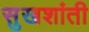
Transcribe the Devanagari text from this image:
सुखशांती